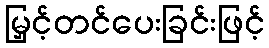
မြှင့်တင်ပေးခြင်းဖြင့်